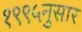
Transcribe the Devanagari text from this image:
१९९५नुसार